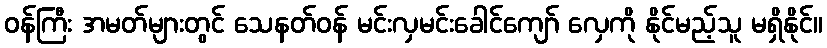
ဝန်ကြီး အမတ်များတွင် သေနတ်ဝန် မင်းလှမင်းခေါင်ကျော် လှေကို နိုင်မည့်သူ မရှိနိုင်။